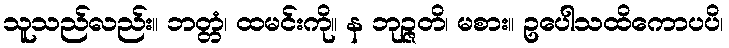
သူသည်လည်း။ ဘတ္တံ၊ ထမင်းကို။ န ဘုဉ္ဇတိ၊ မစား။ ဥပေါသထိကောပပိ၊